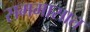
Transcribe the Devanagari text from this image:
सममासात